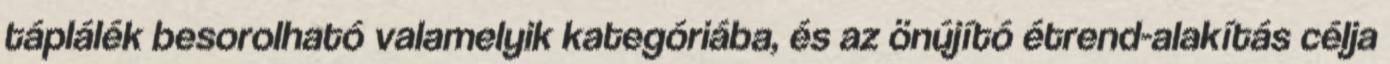
táplálék besorolható valamelyik kategóriába, és az önújító étrend-alakítás célja